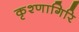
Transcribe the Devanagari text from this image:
कृश्णागिरि